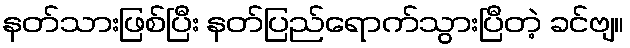
နတ်သားဖြစ်ပြီး နတ်ပြည်ရောက်သွားပြီတဲ့ ခင်ဗျ။